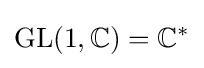
\operatorname {GL} (1,\mathbb {C} )=\mathbb {C} ^{*}